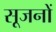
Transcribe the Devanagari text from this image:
सूजनों